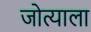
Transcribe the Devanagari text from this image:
जोत्याला